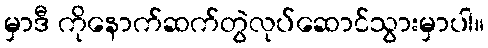
မှာဒီ ကိုနောက်ဆက်တွဲလုပ်ဆောင်သွားမှာပါ။